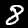
Label: 8